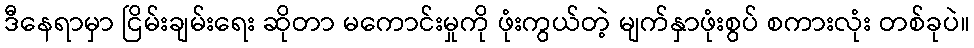
ဒီနေရာမှာ ငြိမ်းချမ်းရေး ဆိုတာ မကောင်းမှုကို ဖုံးကွယ်တဲ့ မျက်နှာဖုံးစွပ် စကားလုံး တစ်ခုပဲ။